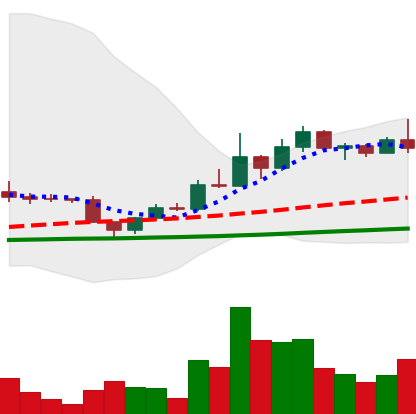
Ticker: DOGE-USD
Chart end date: 2022-12-05
Forward return: -4.944%
Label: down_3_5